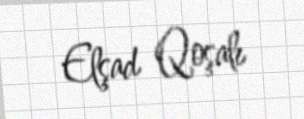
Elşad Qoşalı